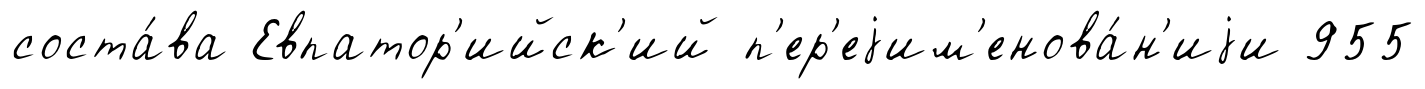
соста́ва Евпатор'ийск'ий п'ер'еjим'енова́н'иjи 955